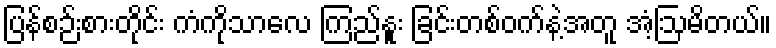
ပြန်စဉ်းစားတိုင်း ကံကိုသာလေ ကြည်နူး ခြင်းတစ်ဝက်နဲ့အတူ အံ့ဩမိတယ်။